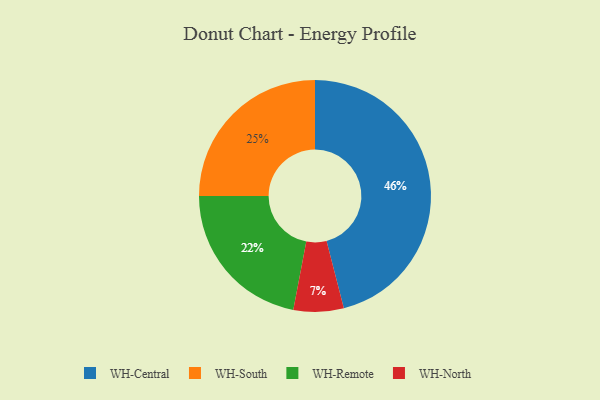
{"axis": {"x": "Category", "y": "Percentage"}, "legend": ["WH-Central", "WH-North", "WH-Remote", "WH-South"], "data": [{"x": "WH-South", "y": 25, "type": "WH-South"}, {"x": "WH-Central", "y": 46, "type": "WH-Central"}, {"x": "WH-North", "y": 7, "type": "WH-North"}, {"x": "WH-Remote", "y": 22, "type": "WH-Remote"}]}